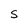
Character: S